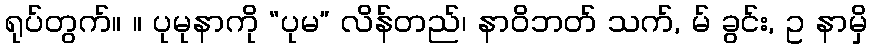
ရုပ်တွက်။ ။ ပုမုနာကို “ပုမ” လိန်တည်၊ နာဝိဘတ် သက်, မ် ခွင်း, ဥ နာမှိ